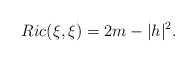
\begin{align*} Ric(\xi,\xi) = 2m - |h|^{2}.\end{align*}